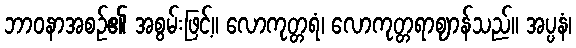
ဘာဝနာအစဉ်၏ အစွမ်းဖြင့်။ လောကုတ္တရံ၊ လောကုတ္တရာဈာန်သည်။ အပ္ပနံ၊